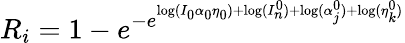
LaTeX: R_{i}=1-e^{-e^{\mathrm{log}(I_{0}\alpha_{0}\eta_{0})+\mathrm{log}(I_{n}^{0})+\mathrm{log}(\alpha_{j}^{0})+\mathrm{log}(\eta_{k}^{0})}}